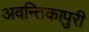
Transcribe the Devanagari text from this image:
अवन्तिकापुरी